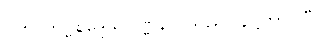
ပဟာတဗ္ဗနိဒ္ဒေသဝဏ္ဏနာ၊ သည်။ နိဋ္ဌိတာ၊ ပြီ။